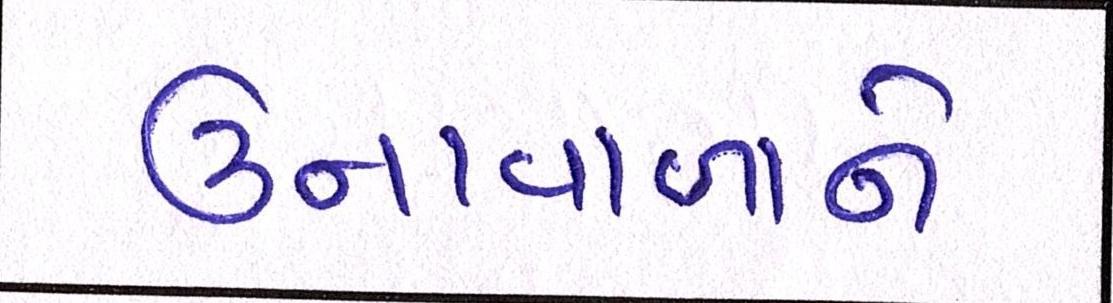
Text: ઉનાવાળાને